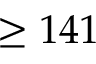
\geq 1 4 1